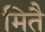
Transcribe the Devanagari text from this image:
मितै